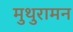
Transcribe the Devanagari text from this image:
मुथुरामन